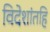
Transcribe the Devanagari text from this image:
विदेशांतहि